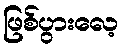
ဖြစ်ပွားလေ့